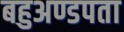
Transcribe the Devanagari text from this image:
बहुअण्डपता